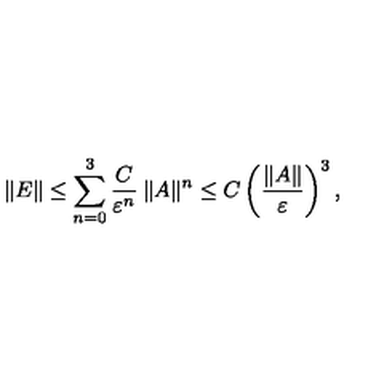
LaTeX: \| E \| \leq \sum _ { n = 0 } ^ { 3 } \frac { C } { \varepsilon ^ { n } } \: \| A \| ^ { n } \leq C \left( \frac { \| A \| } { \varepsilon } \right) ^ { 3 } ,